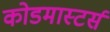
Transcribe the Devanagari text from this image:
कोडमास्टर्स